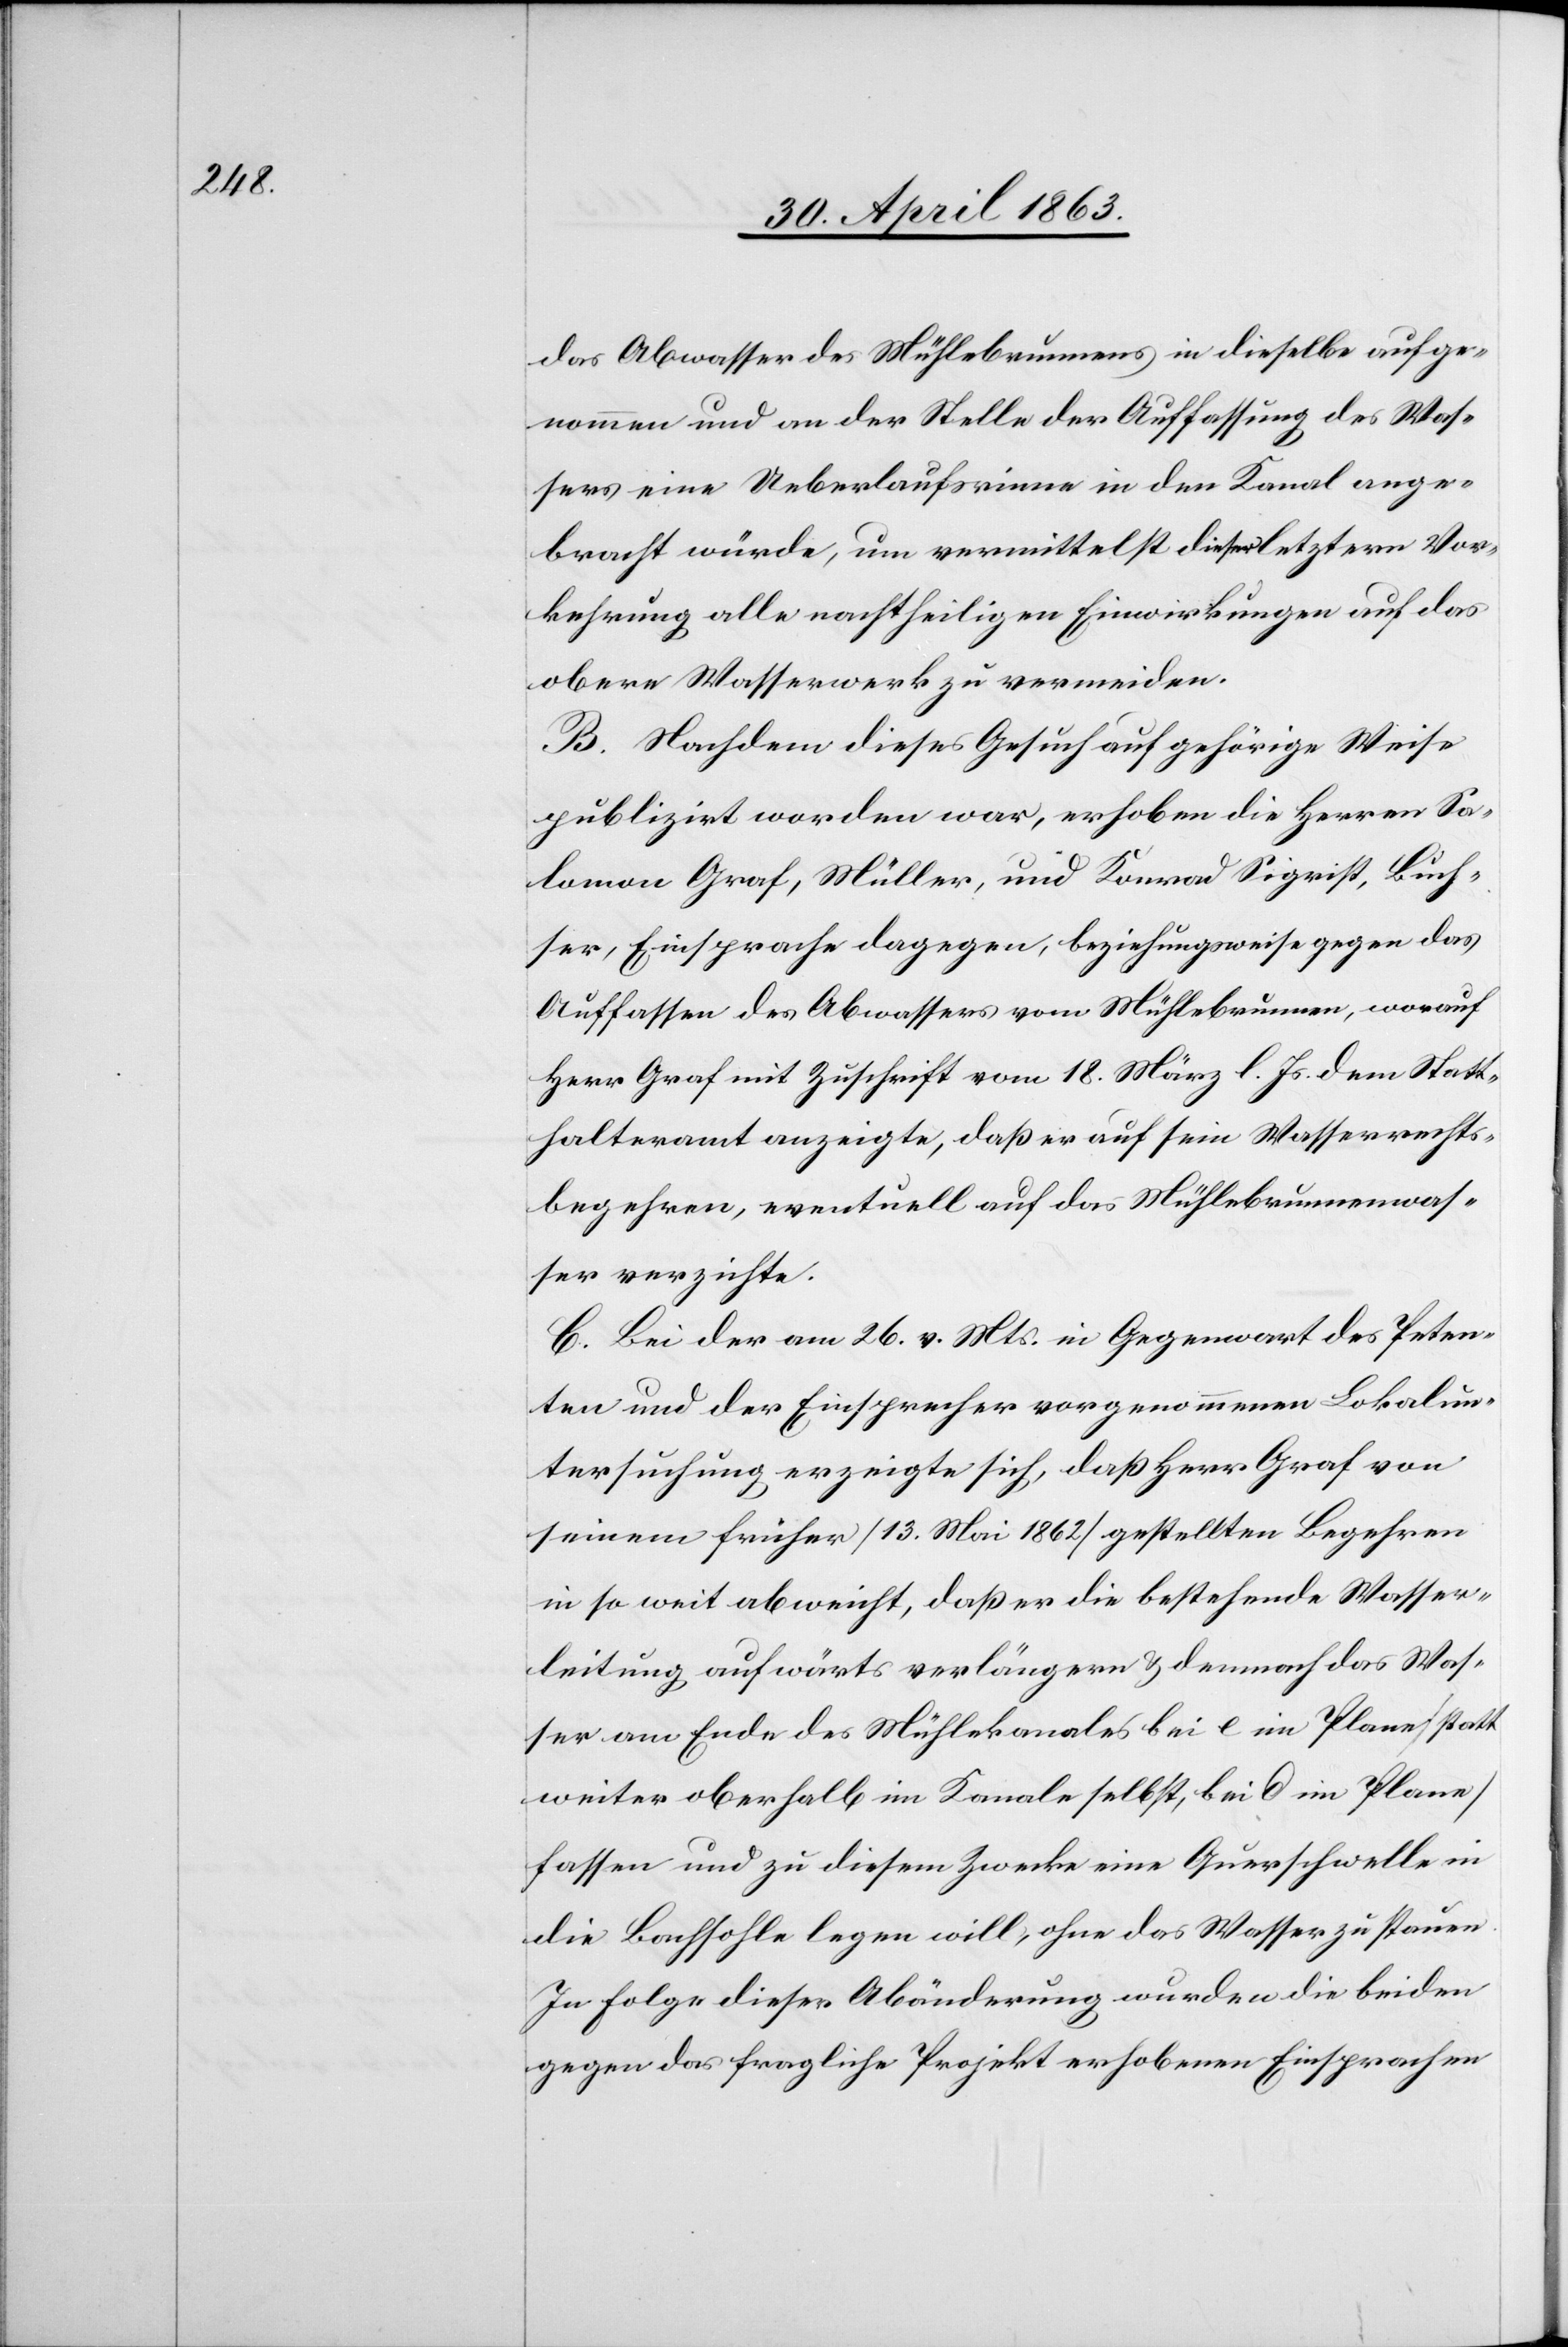
das Abwasser des Mühlebrunnens in dieselbe aufge¬
nommen und an der Stelle der Auffassung des Was¬
sers eine Ueberlaufsrinne in den Kanal ange¬
bracht würde, um vermittelst dieser letztern Vor¬
kehrung alle nachtheiligen Einwirkungen auf das
obere Wasserwerk zu vermeiden.
B. Nachdem dieses Gesuch auf gehörige Weise
publizirt worden war, erhoben die Herren Sa¬
lomon Graf, Müller, und Konrad Sigrist, Buch¬
ser, Einsprache dagegen, beziehungsweise gegen das
Auffassen des Abwassers vom Mühlebrunnen, worauf
Herr Graf mit Zuschrift vom 18. März l. Js. dem Statt¬
halteramt anzeigte, daß er auf sein Wasserrechts¬
begehren, eventuell auf das Mühlebrunnenwas¬
ser verzichte.
C. Bei der am 26. v. Mts. in Gegenwart des Peten¬
ten und der Einsprecher vorgenommenen Lokalun¬
tersuchung erzeigte sich, daß Herr Graf von
seinem früher (13. Mai 1862) gestellten Begehren
in so weit abweicht, daß er die bestehende Wasser¬
leitung aufwärts verlängern & demnach das Was¬
ser am Ende des Mühlekanales bei e im Plane (statt
weiter oberhalb im Kanale selbst, bei [?d] im Plane)
fassen und zu diesem Zwecke eine Querschwelle in
die Bachsohle legen will, ohne das Wasser zu stauen.
In Folge dieser Abänderung wurden die beiden
gegen das fragliche Projekt erhobenen Einsprachen